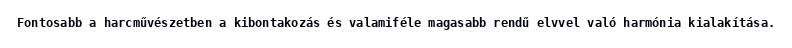
Fontosabb a harcművészetben a kibontakozás és valamiféle magasabb rendű elvvel való harmónia kialakítása.